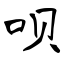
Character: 呗